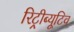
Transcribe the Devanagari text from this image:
रिट्रीब्यूटिव